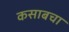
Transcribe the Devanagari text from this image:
कसाबचा